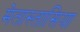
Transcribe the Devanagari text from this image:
मेतास्तासिया